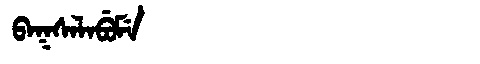
Manchu: ᠪᠠᡴᠰᠠᠯᠠᠪᡠᠮᡝ
Romanization: BAKSALABUME